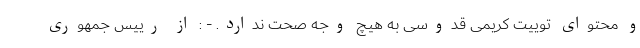
و محتوای توییت کریمی قدوسی به هیچ وجه صحت ندارد. - : از رییس جمهوری